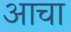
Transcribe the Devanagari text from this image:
आचा